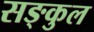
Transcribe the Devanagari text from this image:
सङ्कुल